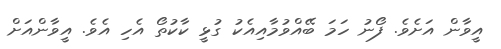
އީވާން އަށެވެ. ފޯނު ހަމަ ބޭއްވުމާއިއެކު ގުޅީ ކާކުތޯ އެހި އެވެ. އީވާންއަށް